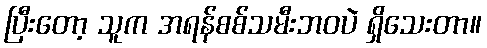
ပြီးတော့ သူက အရန်စစ်သမီးဘဝပဲ ရှိသေးတာ။